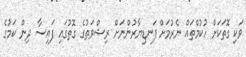
ވަކި ގޮތަކަށް ހުކުމްތައް ނެރުމަށް ފަނޑިޔާރުންނަށް ރިޝްވަތުގެ ގޮތުގައި ފައިސާ ދިން ކަމުގެ